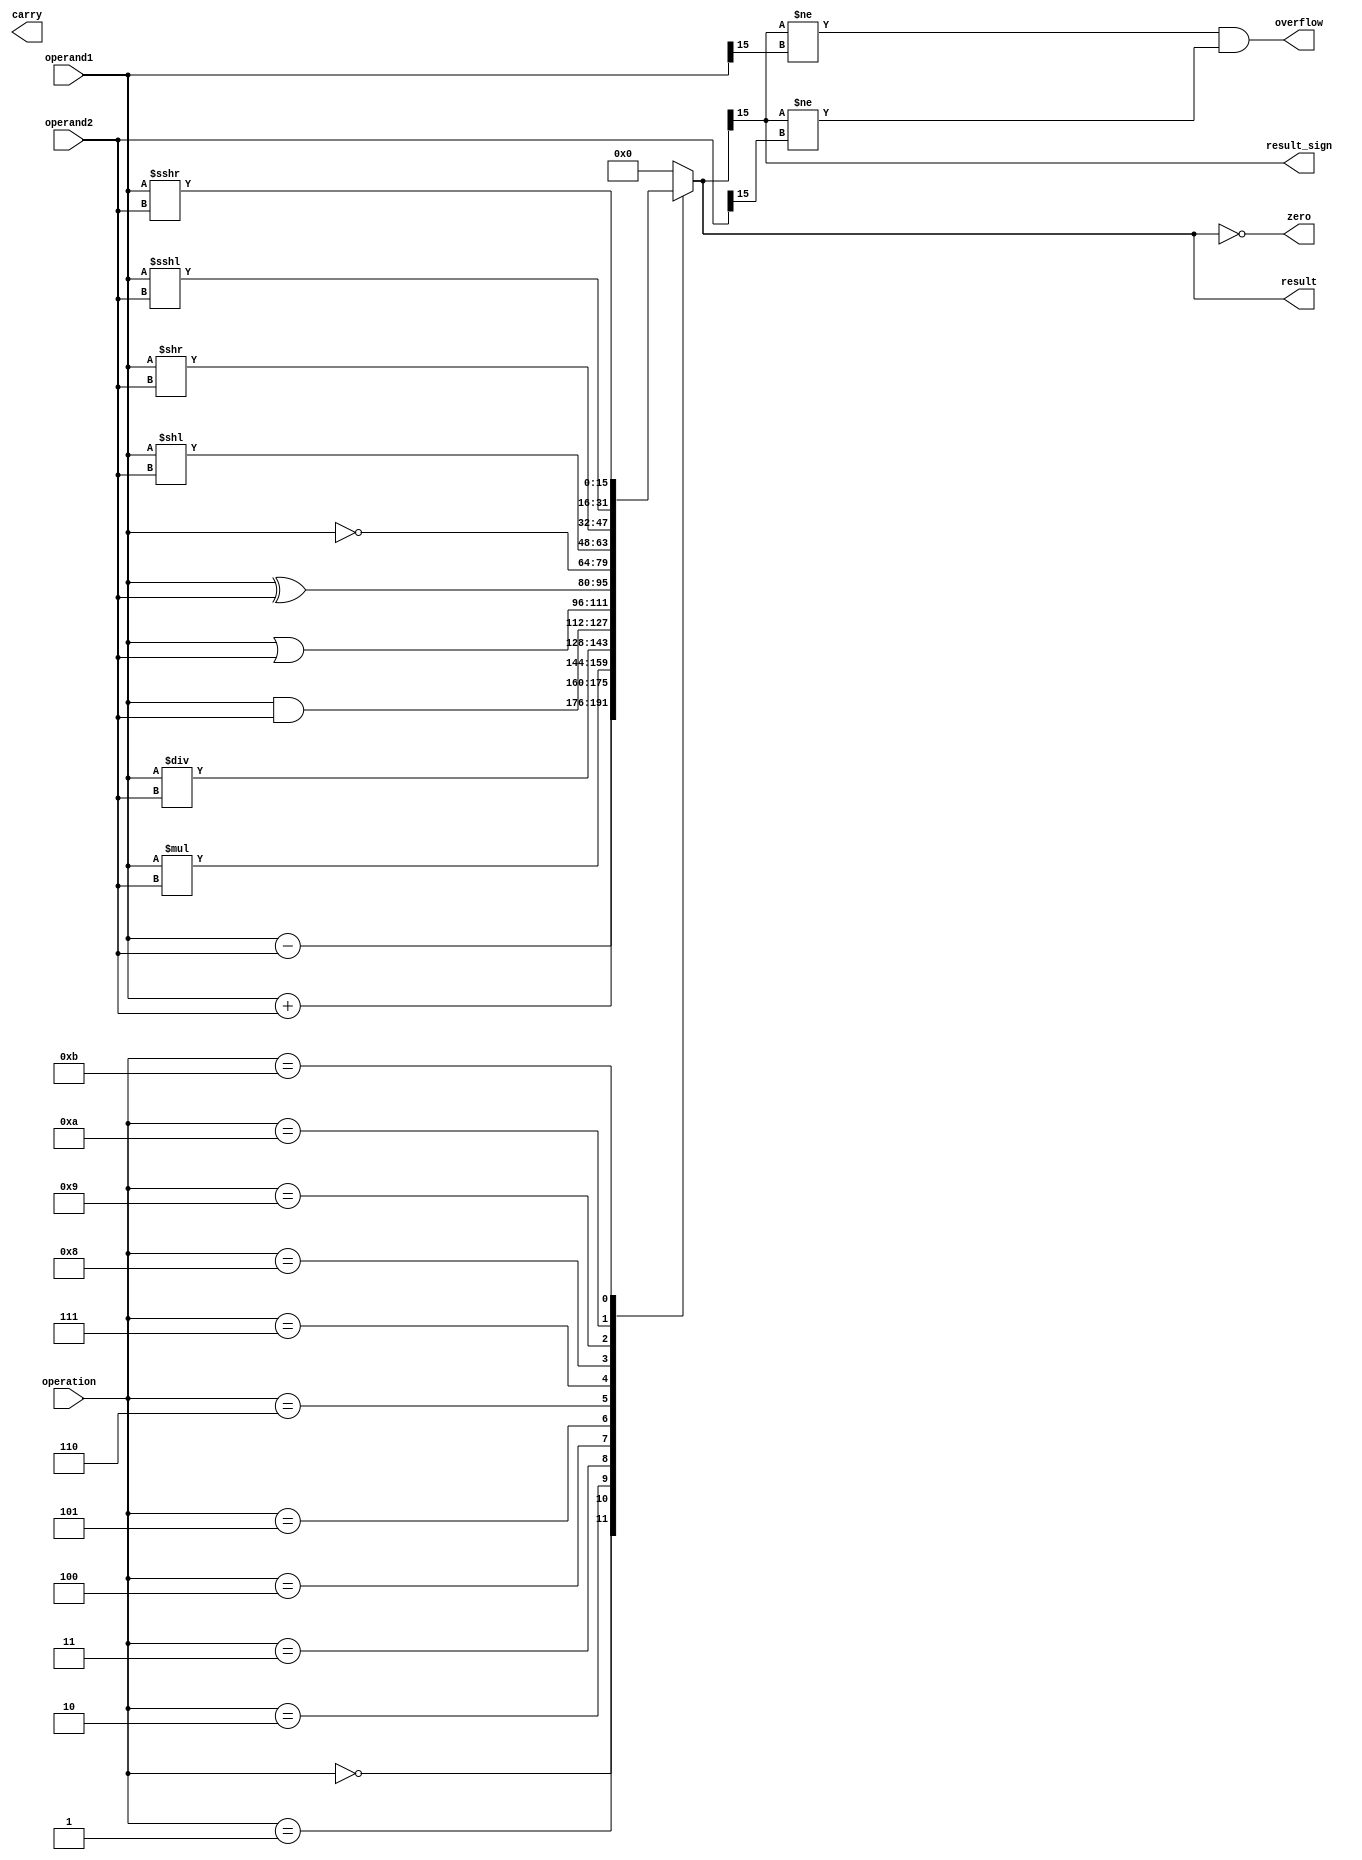
module ALU (
    input [15:0] operand1,
    input [15:0] operand2,
    input [3:0] operation,
    output reg [15:0] result,
    output reg overflow,
    output reg carry,
    output reg zero,
    output reg result_sign
);

always @(*)
begin
    case(operation)
        4'b0000: result = operand1 + operand2; // Addition
        4'b0001: result = operand1 - operand2; // Subtraction
        4'b0010: result = operand1 * operand2; // Multiplication
        4'b0011: result = operand1 / operand2; // Division
        4'b0100: result = operand1 & operand2; // AND
        4'b0101: result = operand1 | operand2; // OR
        4'b0110: result = operand1 ^ operand2; // XOR
        4'b0111: result = ~operand1;           // NOT
        4'b1000: result = operand1 << operand2; // Left Shift
        4'b1001: result = operand1 >> operand2; // Right Shift
        4'b1010: result = operand1 <<< operand2; // Logical Shift
        4'b1011: result = operand1 >>> operand2; // Arithmetic Shift
        default: result = 16'b0; // Default case
    endcase

    // Set flags
    overflow = (result[15] != operand1[15] && result[15] != operand2[15]);
    carry = (result[16] == 1);
    zero = (result == 16'b0);
    result_sign = result[15];
end

endmodule